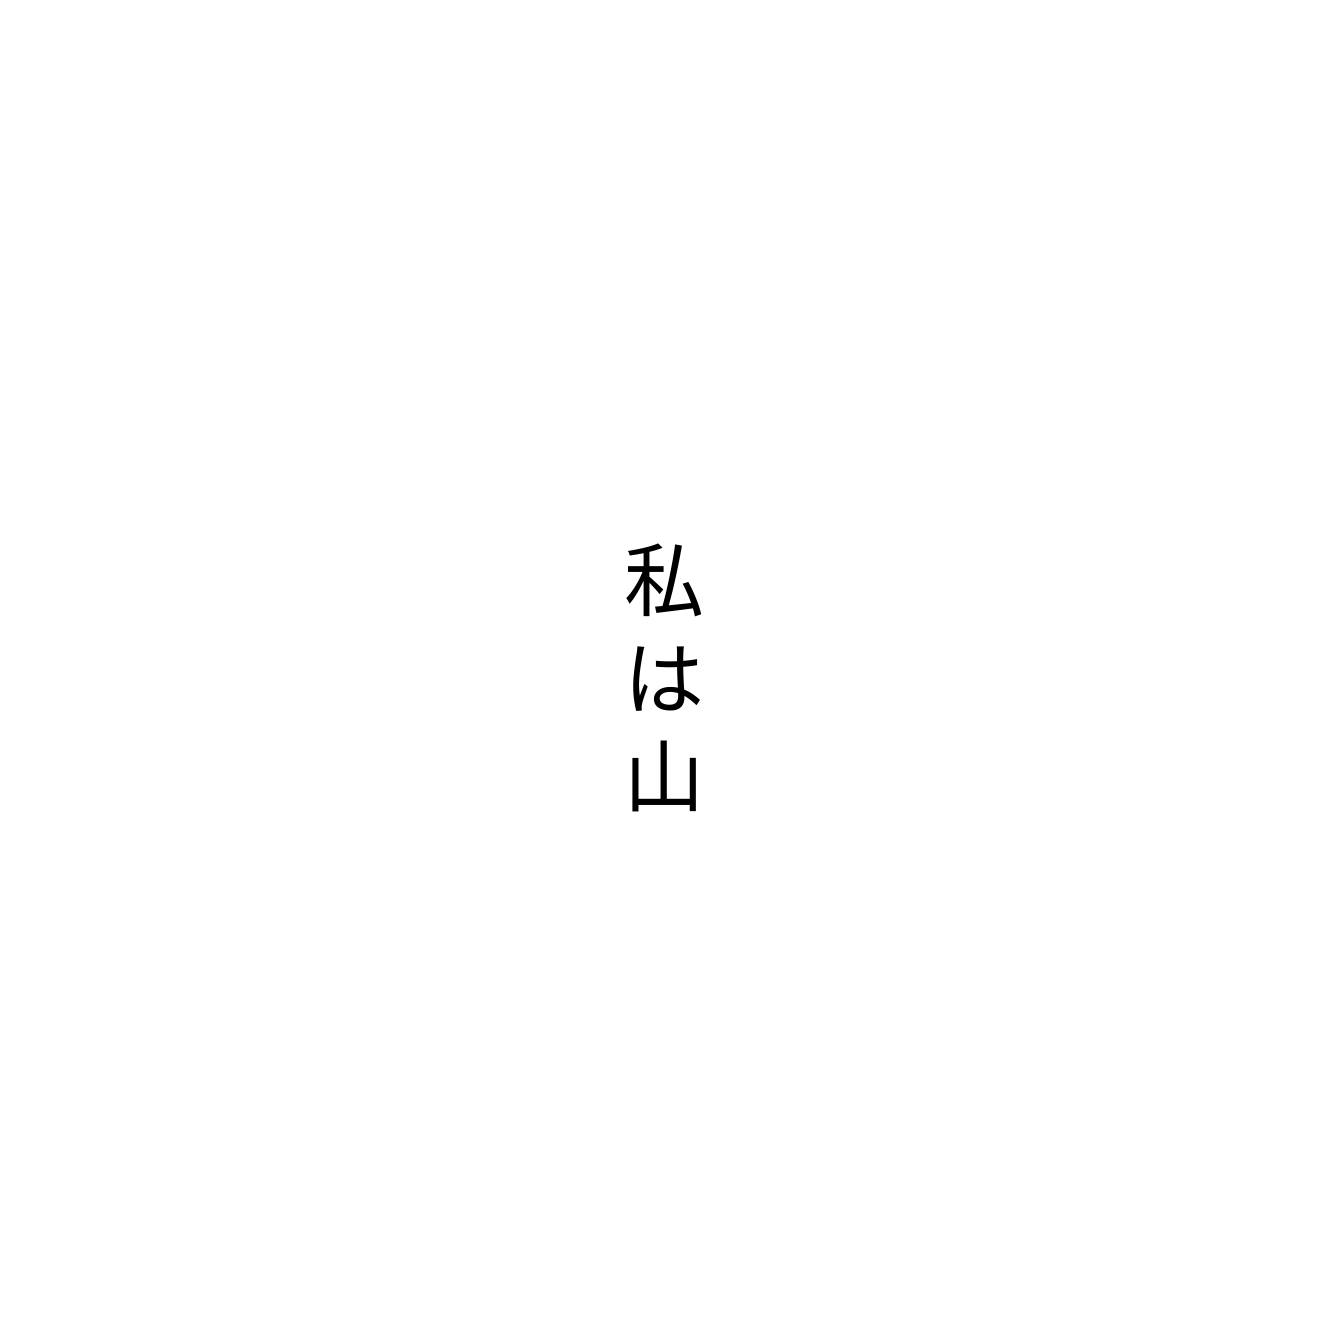
私は山